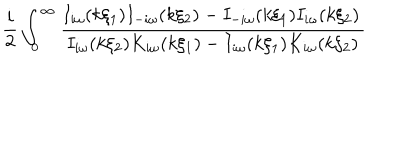
LaTeX: \frac { i } { 2 } \int _ { 0 } ^ { \infty } \frac { I _ { i \omega } ( k \xi _ { 1 } ) I _ { - i \omega } ( k \xi _ { 2 } ) - I _ { - i \omega } ( k \xi _ { 1 } ) I _ { i \omega } ( k \xi _ { 2 } ) \, } { I _ { i \omega } ( k \xi _ { 2 } ) K _ { i \omega } ( k \xi _ { 1 } ) - I _ { i \omega } ( k \xi _ { 1 } ) K _ { i \omega } ( k \xi _ { 2 } ) }